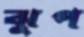
ঝুপ